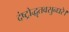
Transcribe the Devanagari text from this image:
दंष्ट्रोद्धृतवसुन्धरे।